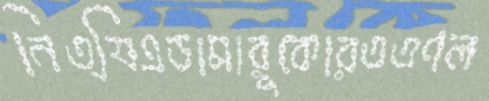
নিত্যিএডামারুকোরততণল